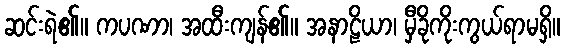
ဆင်းရဲ၏။ ကပဏာ၊ အထီးကျန်၏။ အနာဠိယာ၊ မှီခိုကိုးကွယ်ရာမရှိ။